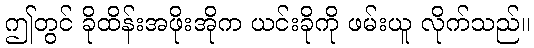
ဤတွင် ခိုထိန်းအဖိုးအိုက ယင်းခိုကို ဖမ်းယူ လိုက်သည်။